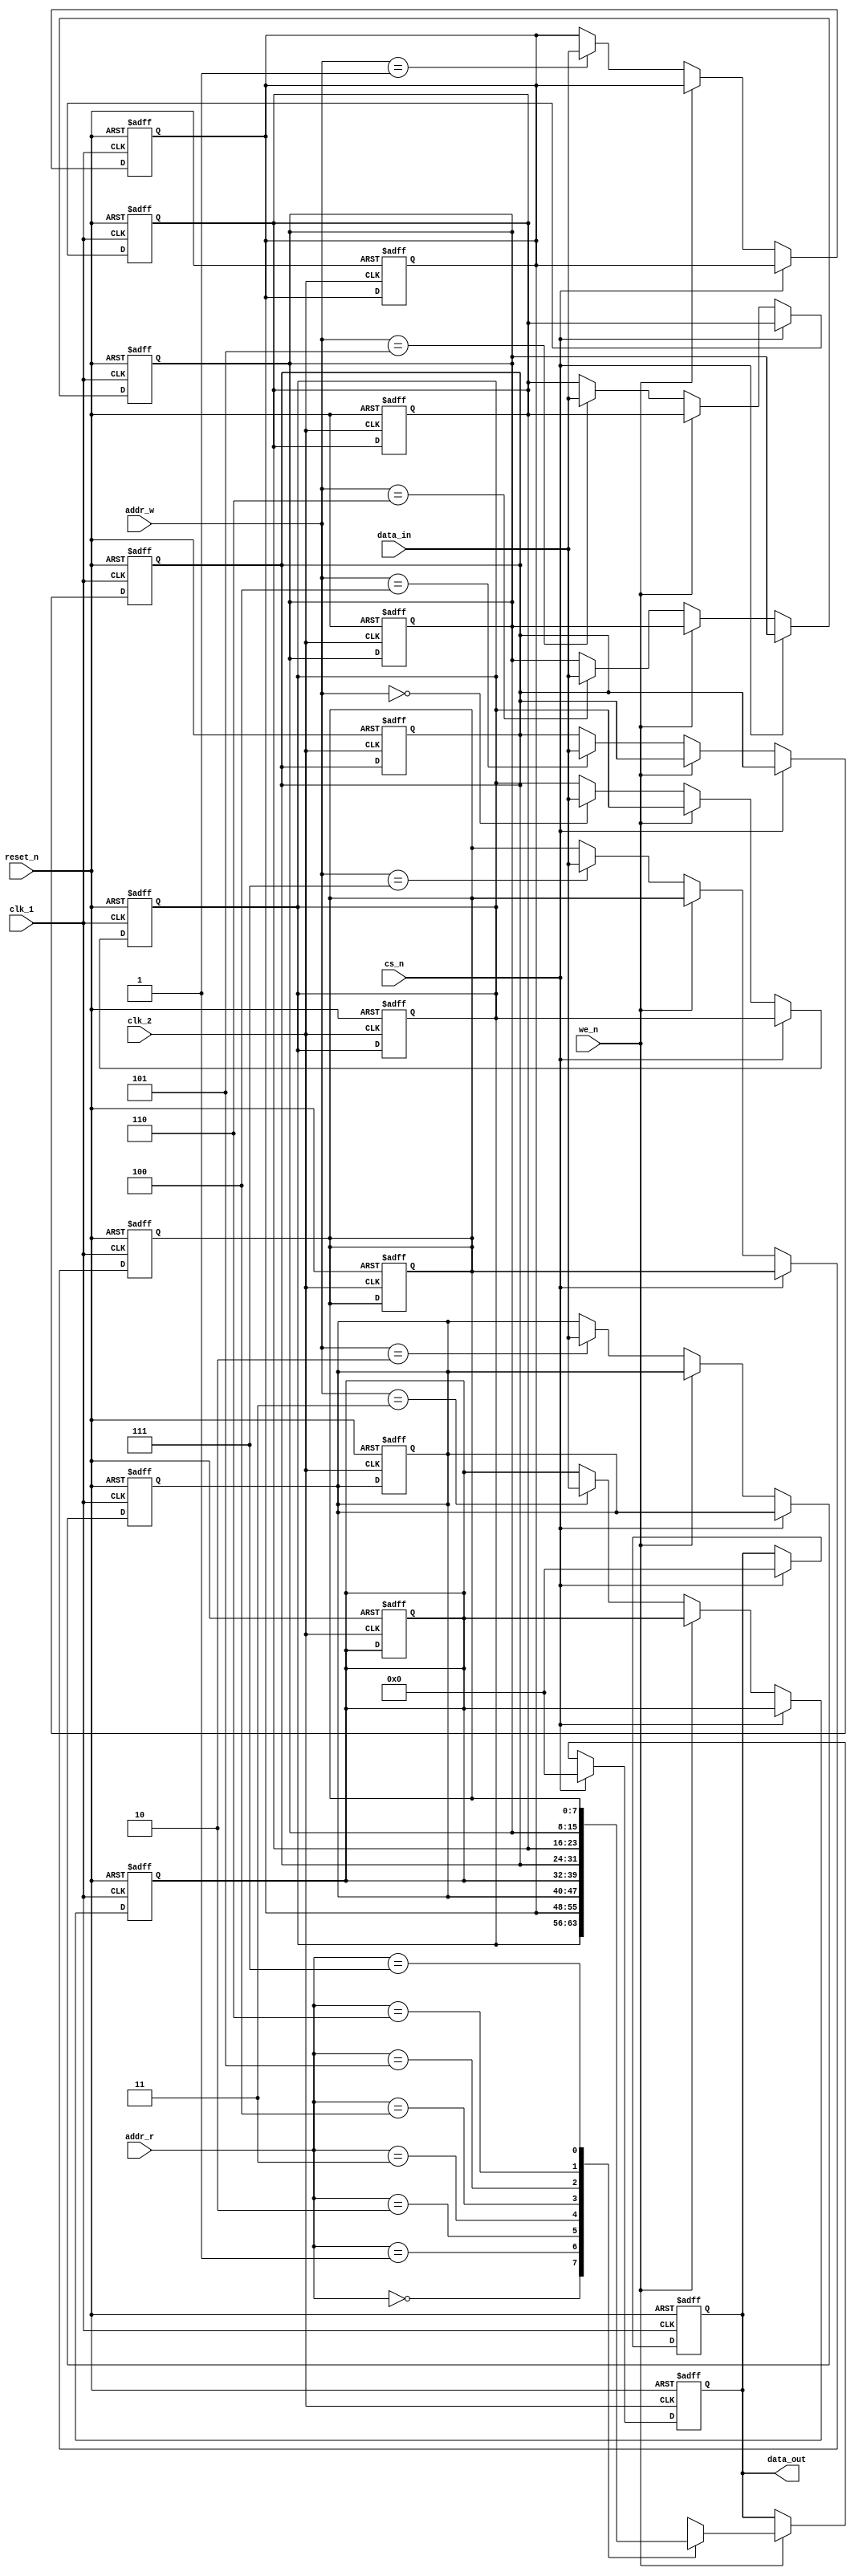
/**********RAM****************

1cs_ncs_ncs_n0
      2we_nwe_nwe_n
      3ram8*8=64bit
	  4addr_rclk_2addr_wclk_1
*******************************/
module ram_double #(parameter WIDTH=8,DEPTH=8,NUMBER=3)
(clk_1,clk_2,reset_n,cs_n,we_n,addr_r,addr_w,data_in,data_out);

input wire clk_1,clk_2,reset_n,cs_n,we_n;
input wire [NUMBER-1:0] addr_r,addr_w;
input wire [WIDTH-1:0] data_in;
output reg [WIDTH-1:0] data_out;

reg [WIDTH-1:0] ram [DEPTH-1:0];    //
integer i,j;

always@(posedge clk_1,negedge reset_n)
 begin
    if(!reset_n) begin
	    data_out <= 0;
	    for(i=0;i < WIDTH;i=i+1)
	        ram[i] <= 0;		
    end
	else if(!cs_n) begin
	    if(!we_n) ram[addr_w] <= data_in;
	    else ;
	end
	else begin
        data_out <= 0;
	end
 end
 
always@(posedge clk_2,negedge reset_n)
 begin
    if(!reset_n) begin
	    data_out <= 0;
	    for(j=0;j < WIDTH;j=j+1)
	        ram[j] <= 0;		
    end
	else if(!cs_n) begin
	    if(we_n) data_out <= ram[addr_r];
	    else ;
	end
	else begin
        data_out <= 0;
	end
 end

endmodule